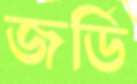
জর্ডি